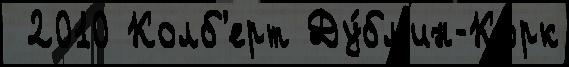
 2010 Колб'ерт Ду́бл'ин-Корк